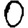
Digit: 0